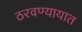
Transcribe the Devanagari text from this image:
ठरवण्यायात